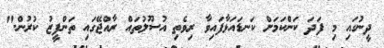
ދީނުގައި މި ފަދަ ކަންކަމަށް ކަނޑައަޅާފައިވާ ރިވެތި އުސޫލުތައް ރާއްޖޭގައި ތަންފީޒު ކުރުން."